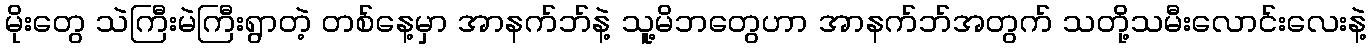
မိုးတွေ သဲကြီးမဲကြီးရွာတဲ့ တစ်နေ့မှာ အာနက်ဘ်နဲ့ သူ့မိဘတွေဟာ အာနက်ဘ်အတွက် သတို့သမီးလောင်းလေးနဲ့